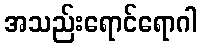
အသည်းရောင်ရောဂါ